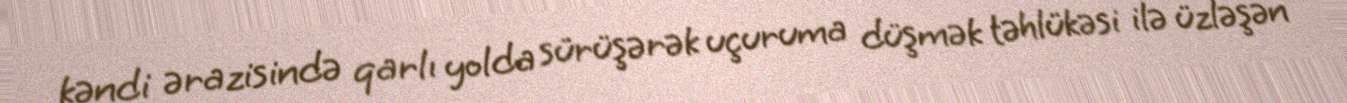
kəndi ərazisində qarlı yolda sürüşərək uçuruma düşmək təhlükəsi ilə üzləşən